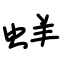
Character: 蛘